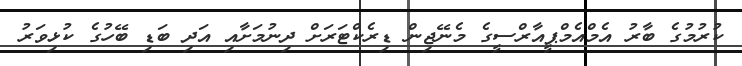
ކުރުމުގެ ބާރު އެމްއެމްޕީއާރްސީގެ މެނޭޖިން ޑިރެކްޓަރަށް ދިނުމަށާއި އަދި ބަޑި ބޭހުގެ ކުޅިވަރު